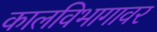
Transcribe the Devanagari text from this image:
कालविभागावर